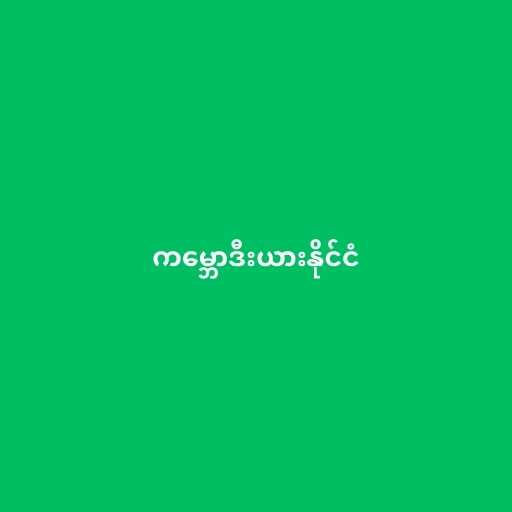
ကမ္ဘောဒီးယားနိုင်ငံ